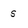
Character: S